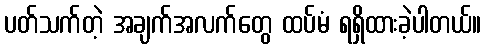
ပတ်သက်တဲ့ အချက်အလက်တွေ ထပ်မံ ရရှိထားခဲ့ပါတယ်။